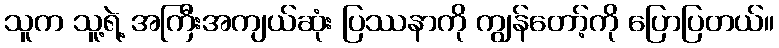
သူက သူ့ရဲ့ အကြီးအကျယ်ဆုံး ပြဿနာကို ကျွန်တော့်ကို ပြောပြတယ်။